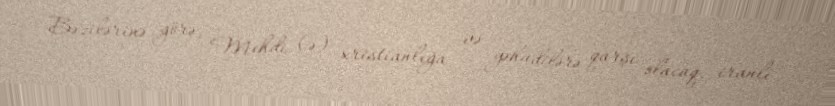
Bəzilərinə görə, Mehdi (ə) xristianlığa və yəhudilərə qarşı olacaq, iranlı